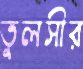
তুলসীর